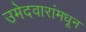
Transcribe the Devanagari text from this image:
उमेदवारांमधून